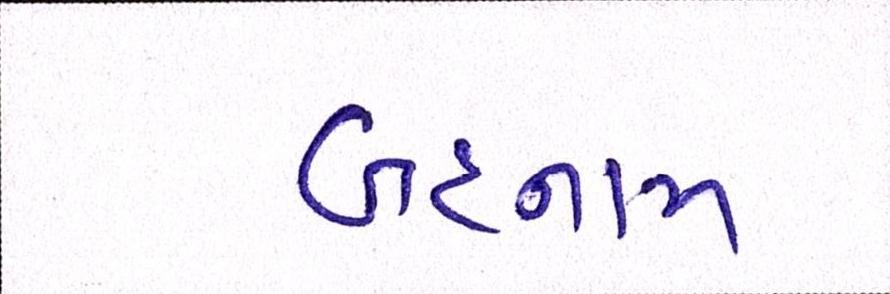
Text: બદનામ